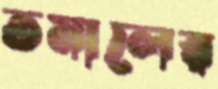
তমালের